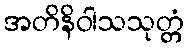
အတိနိဝါသသုတ္တံ